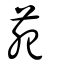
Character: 苑